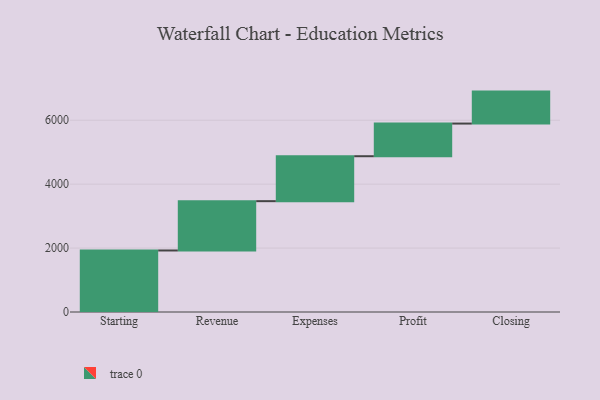
{"axis": {"x": "Step", "y": "Value"}, "legend": [""], "data": [{"x": "Starting", "y": 1925.0, "type": ""}, {"x": "Revenue", "y": 1543.0, "type": ""}, {"x": "Expenses", "y": 1406.0, "type": ""}, {"x": "Profit", "y": 1022.0, "type": ""}, {"x": "Closing", "y": 1000, "type": ""}]}